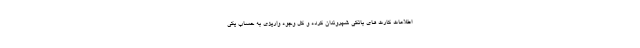
اطلاعات کارت های بانکی شهروندان کرده و کل وجوه واریزی به حساب یکی